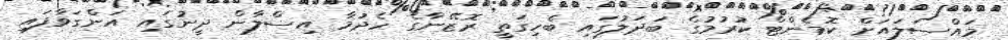
މައްސަލައަށް ކޮމެންޓް ކުރުމުގެ ބަދަލުގައި ބެހިގަތީ ރޮޒޭނާގެ ހެދުމާ އިސްލާން ދީނުގައި އަންގަވާފައި